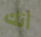
أنك